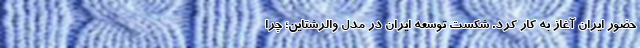
حضور ایران آغاز به کار کرد. شکست توسعه ایران در مدل والرشتاین؛ چرا